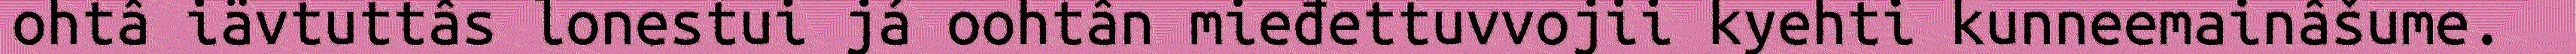
ohtâ iävtuttâs lonestui já oohtân mieđettuvvojii kyehti kunneemainâšume.